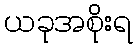
ယခုအစိုးရ